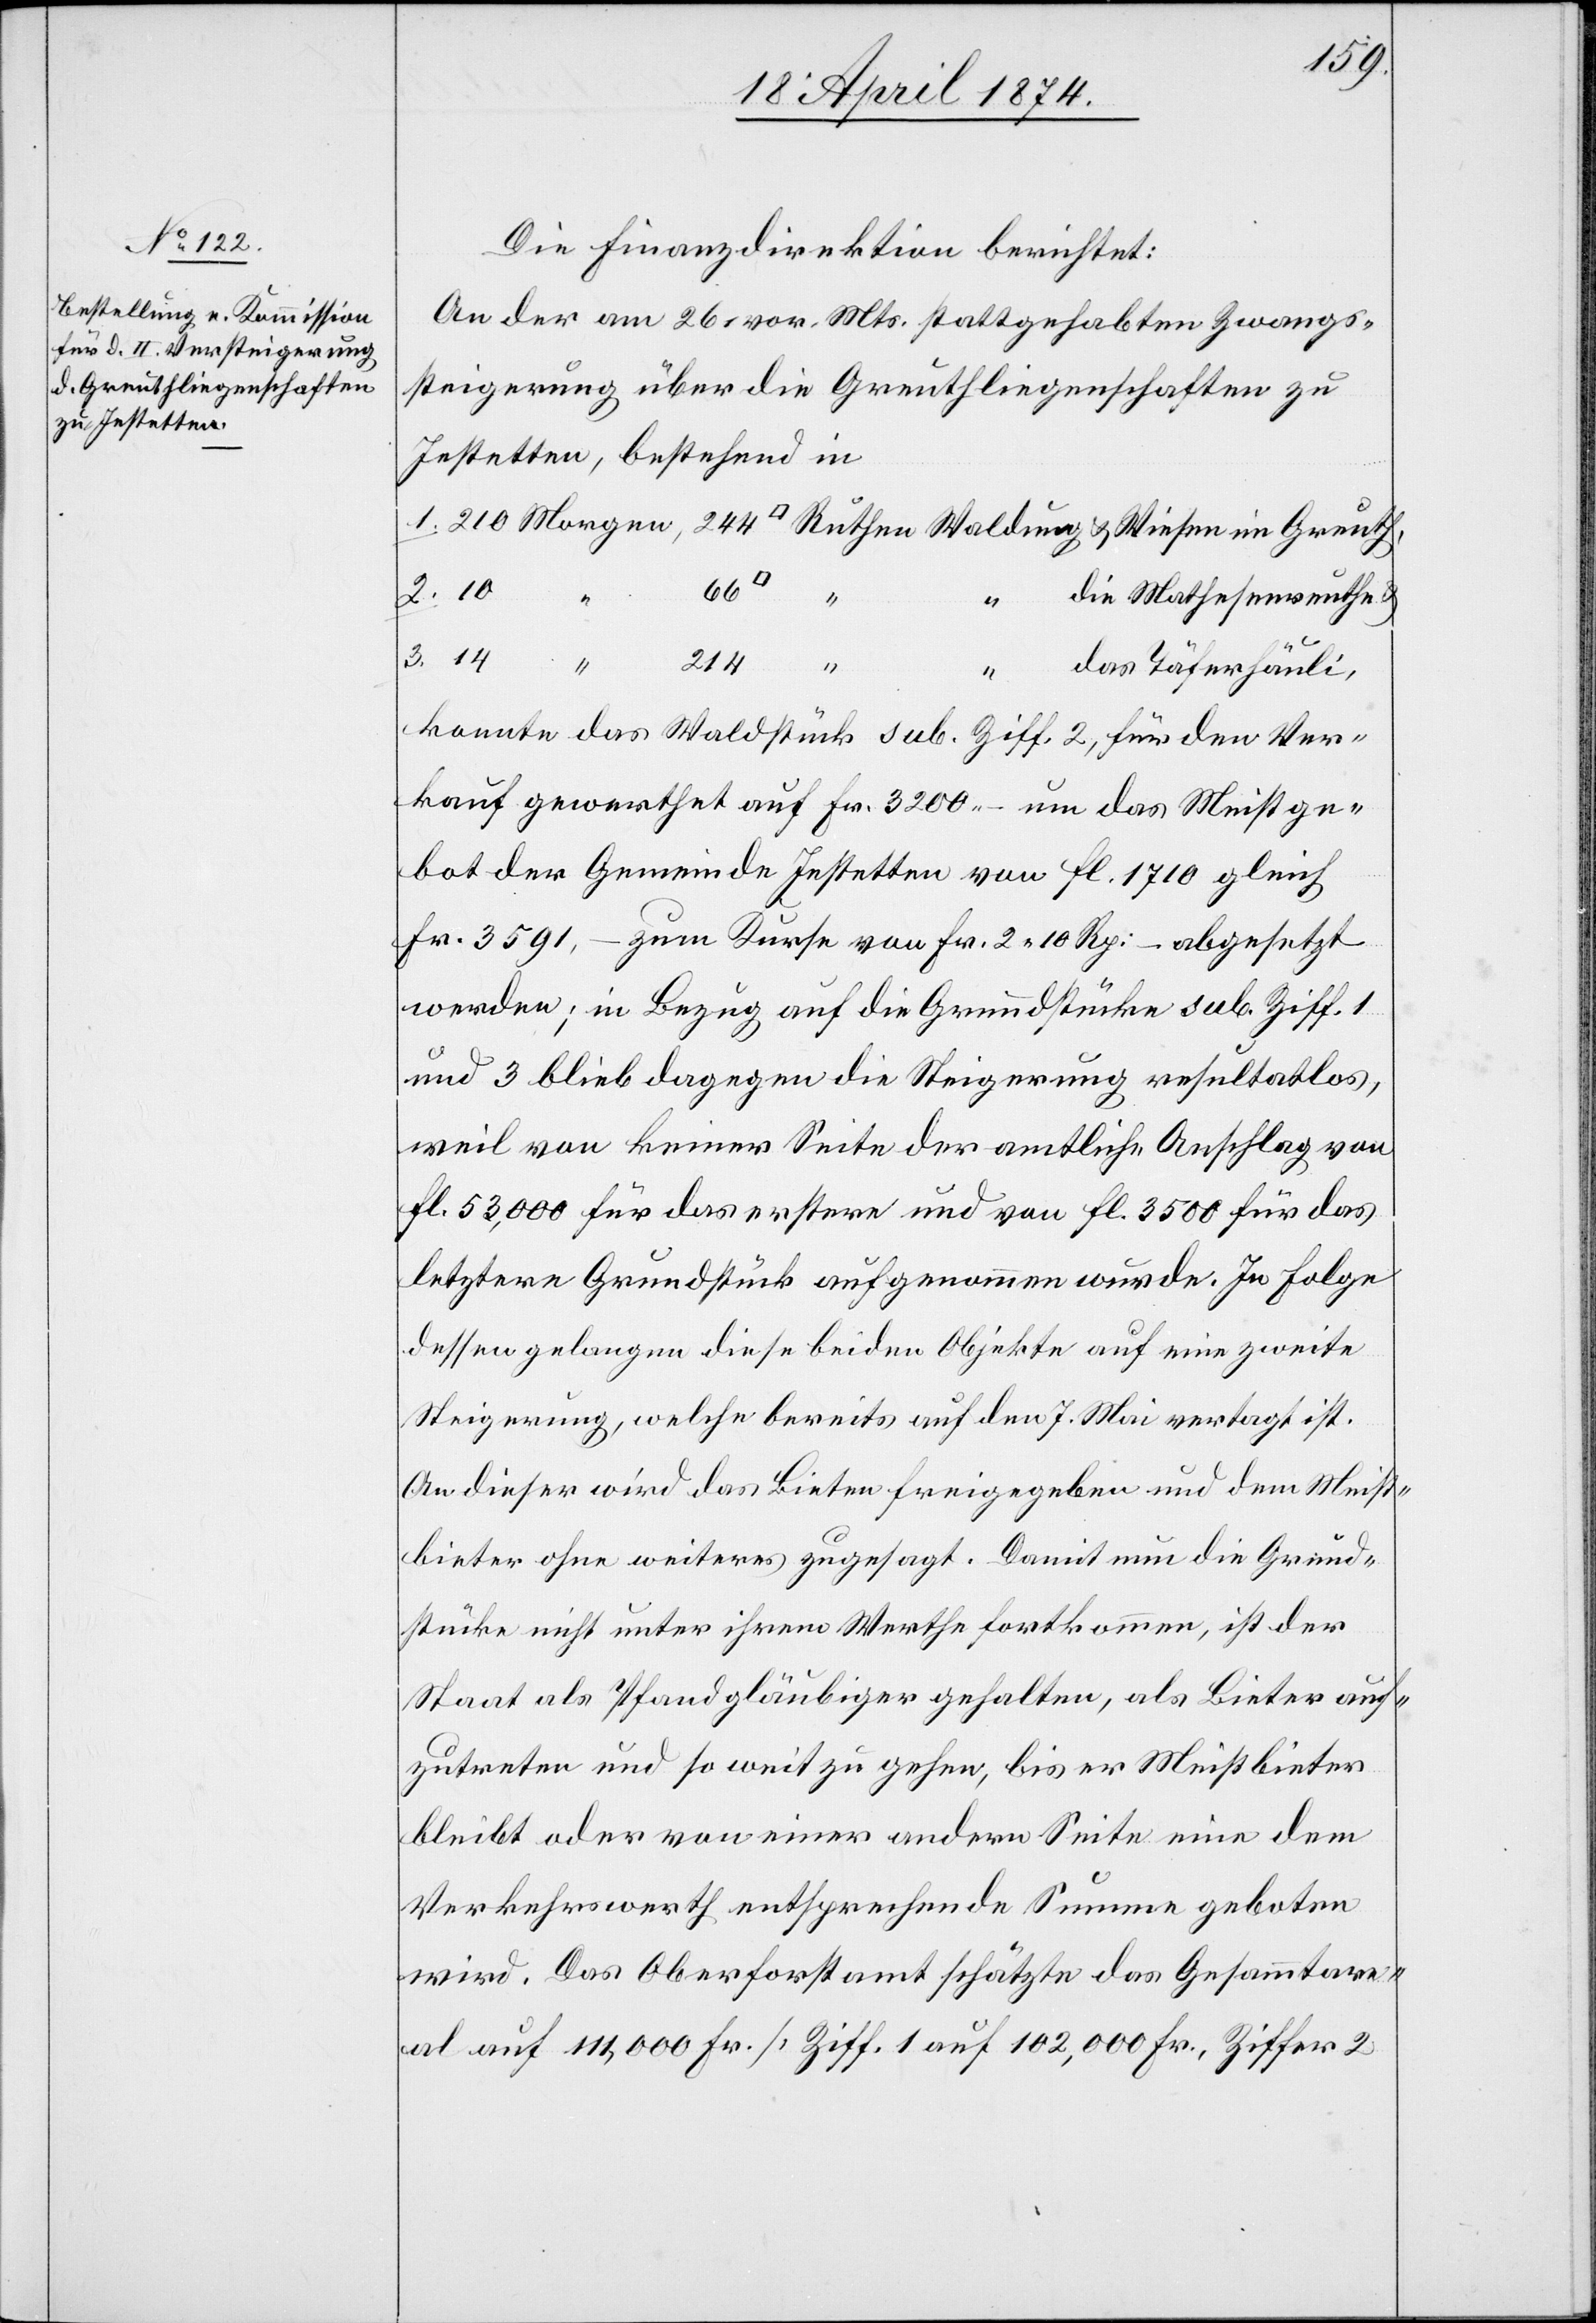
Die Finanzdirektion berichtet:
An der am 26. vor. Mts. stattgehabten Zwangs¬
steigerung über die Greuthliegenschaften zu
Jestetten, bestehend in
die Mathesensreuthe
14
214
sen
das Täferhäuli,
1.
konnte das Waldstück sub. Ziff. 2, für den Ver¬
kauf gewerthet auf Fr. 3200.– um das Meistge¬
bot der Gemeinde Jestetten von fl. 1710 gleich
Fr. 3591.– zum Kurse von Fr. 2.10 Rp: – abgesetzt
werden; in Bezug auf die Grundstücke sub. Ziff. 1
und 3 blieb dagegen die Steigerung resultatlos,
weil von keiner Seite der amtliche Anschlag von
fl. 53,000 für das erstere und von fl. 3500 für das
letztere Grundstück aufgenommen wurde. In Folge
dessen gelangen diese beiden Objekte auf eine zweite
Steigerung, welche bereits auf den 7. Mai vertagt ist.
An dieser wird das Bieten freigegeben und dem Meist¬
bieter ohne weiteres zugesagt. Damit nun die Grund¬
stücke nicht unter ihrem Werthe fortkommen, ist der
Staat als Pfandgläubiger gehalten, als Bieter auf¬
zutreten und so weit zu gehen, bis er Meistbieter
bleibt oder von einer andern Seite eine dem
Verkehrswerth entsprechende Summe geboten
wird. Das Oberforstamt schätzte das Gesammtare¬
al auf 111,000 Fr. [Ziff. 1 auf 102,000 Fr., Ziffer 2